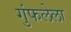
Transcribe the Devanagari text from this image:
गुंफलेला